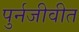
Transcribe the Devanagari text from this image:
पुर्नजीवीत